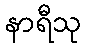
နာရီသု